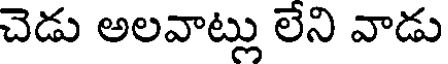
చెడు అలవాట్లు లేని వాడు